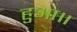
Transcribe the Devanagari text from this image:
हुआ॥